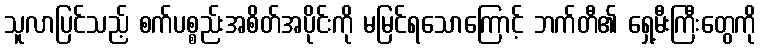
သူလာပြင်သည့် စက်ပစ္စည်းအစိတ်အပိုင်းကို မမြင်ရသောကြောင့် ဘက်တီ၏ ရှေ့မီးကြီးတွေကို